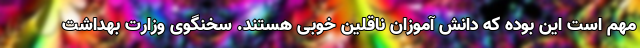
مهم است این بوده که دانش آموزان ناقلین خوبی هستند. سخنگوی وزارت بهداشت